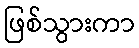
ဖြစ်သွားကာ